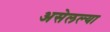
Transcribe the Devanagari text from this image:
असेलल्या